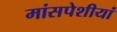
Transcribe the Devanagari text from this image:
मांसपेशीयां